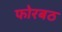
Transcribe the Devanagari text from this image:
फोरबठ